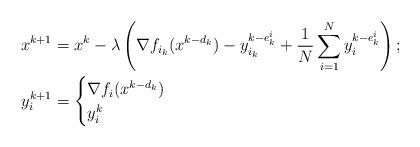
LaTeX: \begin{align*} x^{k+1} &= x^{k} - \lambda \left(\nabla f_{i_k}(x^{k-d_k}) - y_{i_k}^{k-e_{k}^i} + \frac{1}{N} \sum_{i=1}^N y_i^{k-e_k^i}\right);\\y_{i}^{k+1} &= \begin{cases} \nabla f_{i}(x^{k-d_k})& \\ y_i^k &\end{cases}\end{align*}